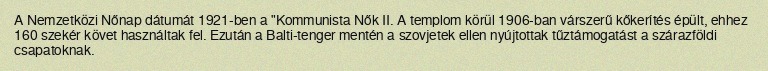
A Nemzetközi Nőnap dátumát 1921-ben a "Kommunista Nők II. A templom körül 1906-ban várszerű kőkerítés épült, ehhez 160 szekér követ használtak fel. Ezután a Balti-tenger mentén a szovjetek ellen nyújtottak tűztámogatást a szárazföldi csapatoknak.